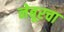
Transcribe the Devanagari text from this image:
नेबूरचा